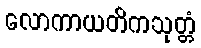
လောကာယတိကသုတ္တံ